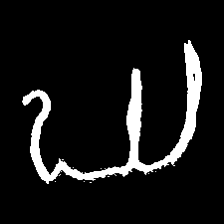
Pyu character \u2014 Myanmar letter: ဃ (romanized: gha)